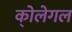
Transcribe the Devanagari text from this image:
को्लेगल